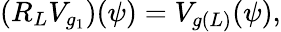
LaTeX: \left(R_{L}V_{g_{1}}\right)(\psi)=V_{g(L)}(\psi),